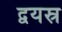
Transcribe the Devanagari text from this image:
द्वयस्र